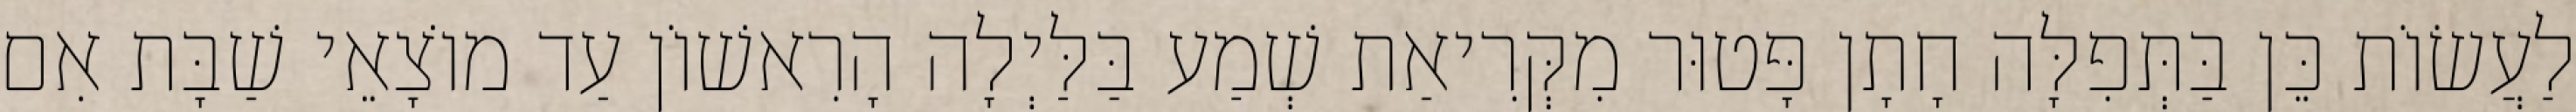
לַעֲשׂוֹת כֵּן בַּתְּפִלָּה חָתָן פָּטוּר מִקְּרִיאַת שְׁמַע בַּלַּיְלָה הָרִאשׁוֹן עַד מוֹצָאֵי שַׁבָּת אִם